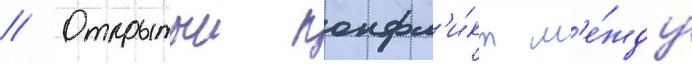
// Открытыи конфл'и́кт м'е́жду